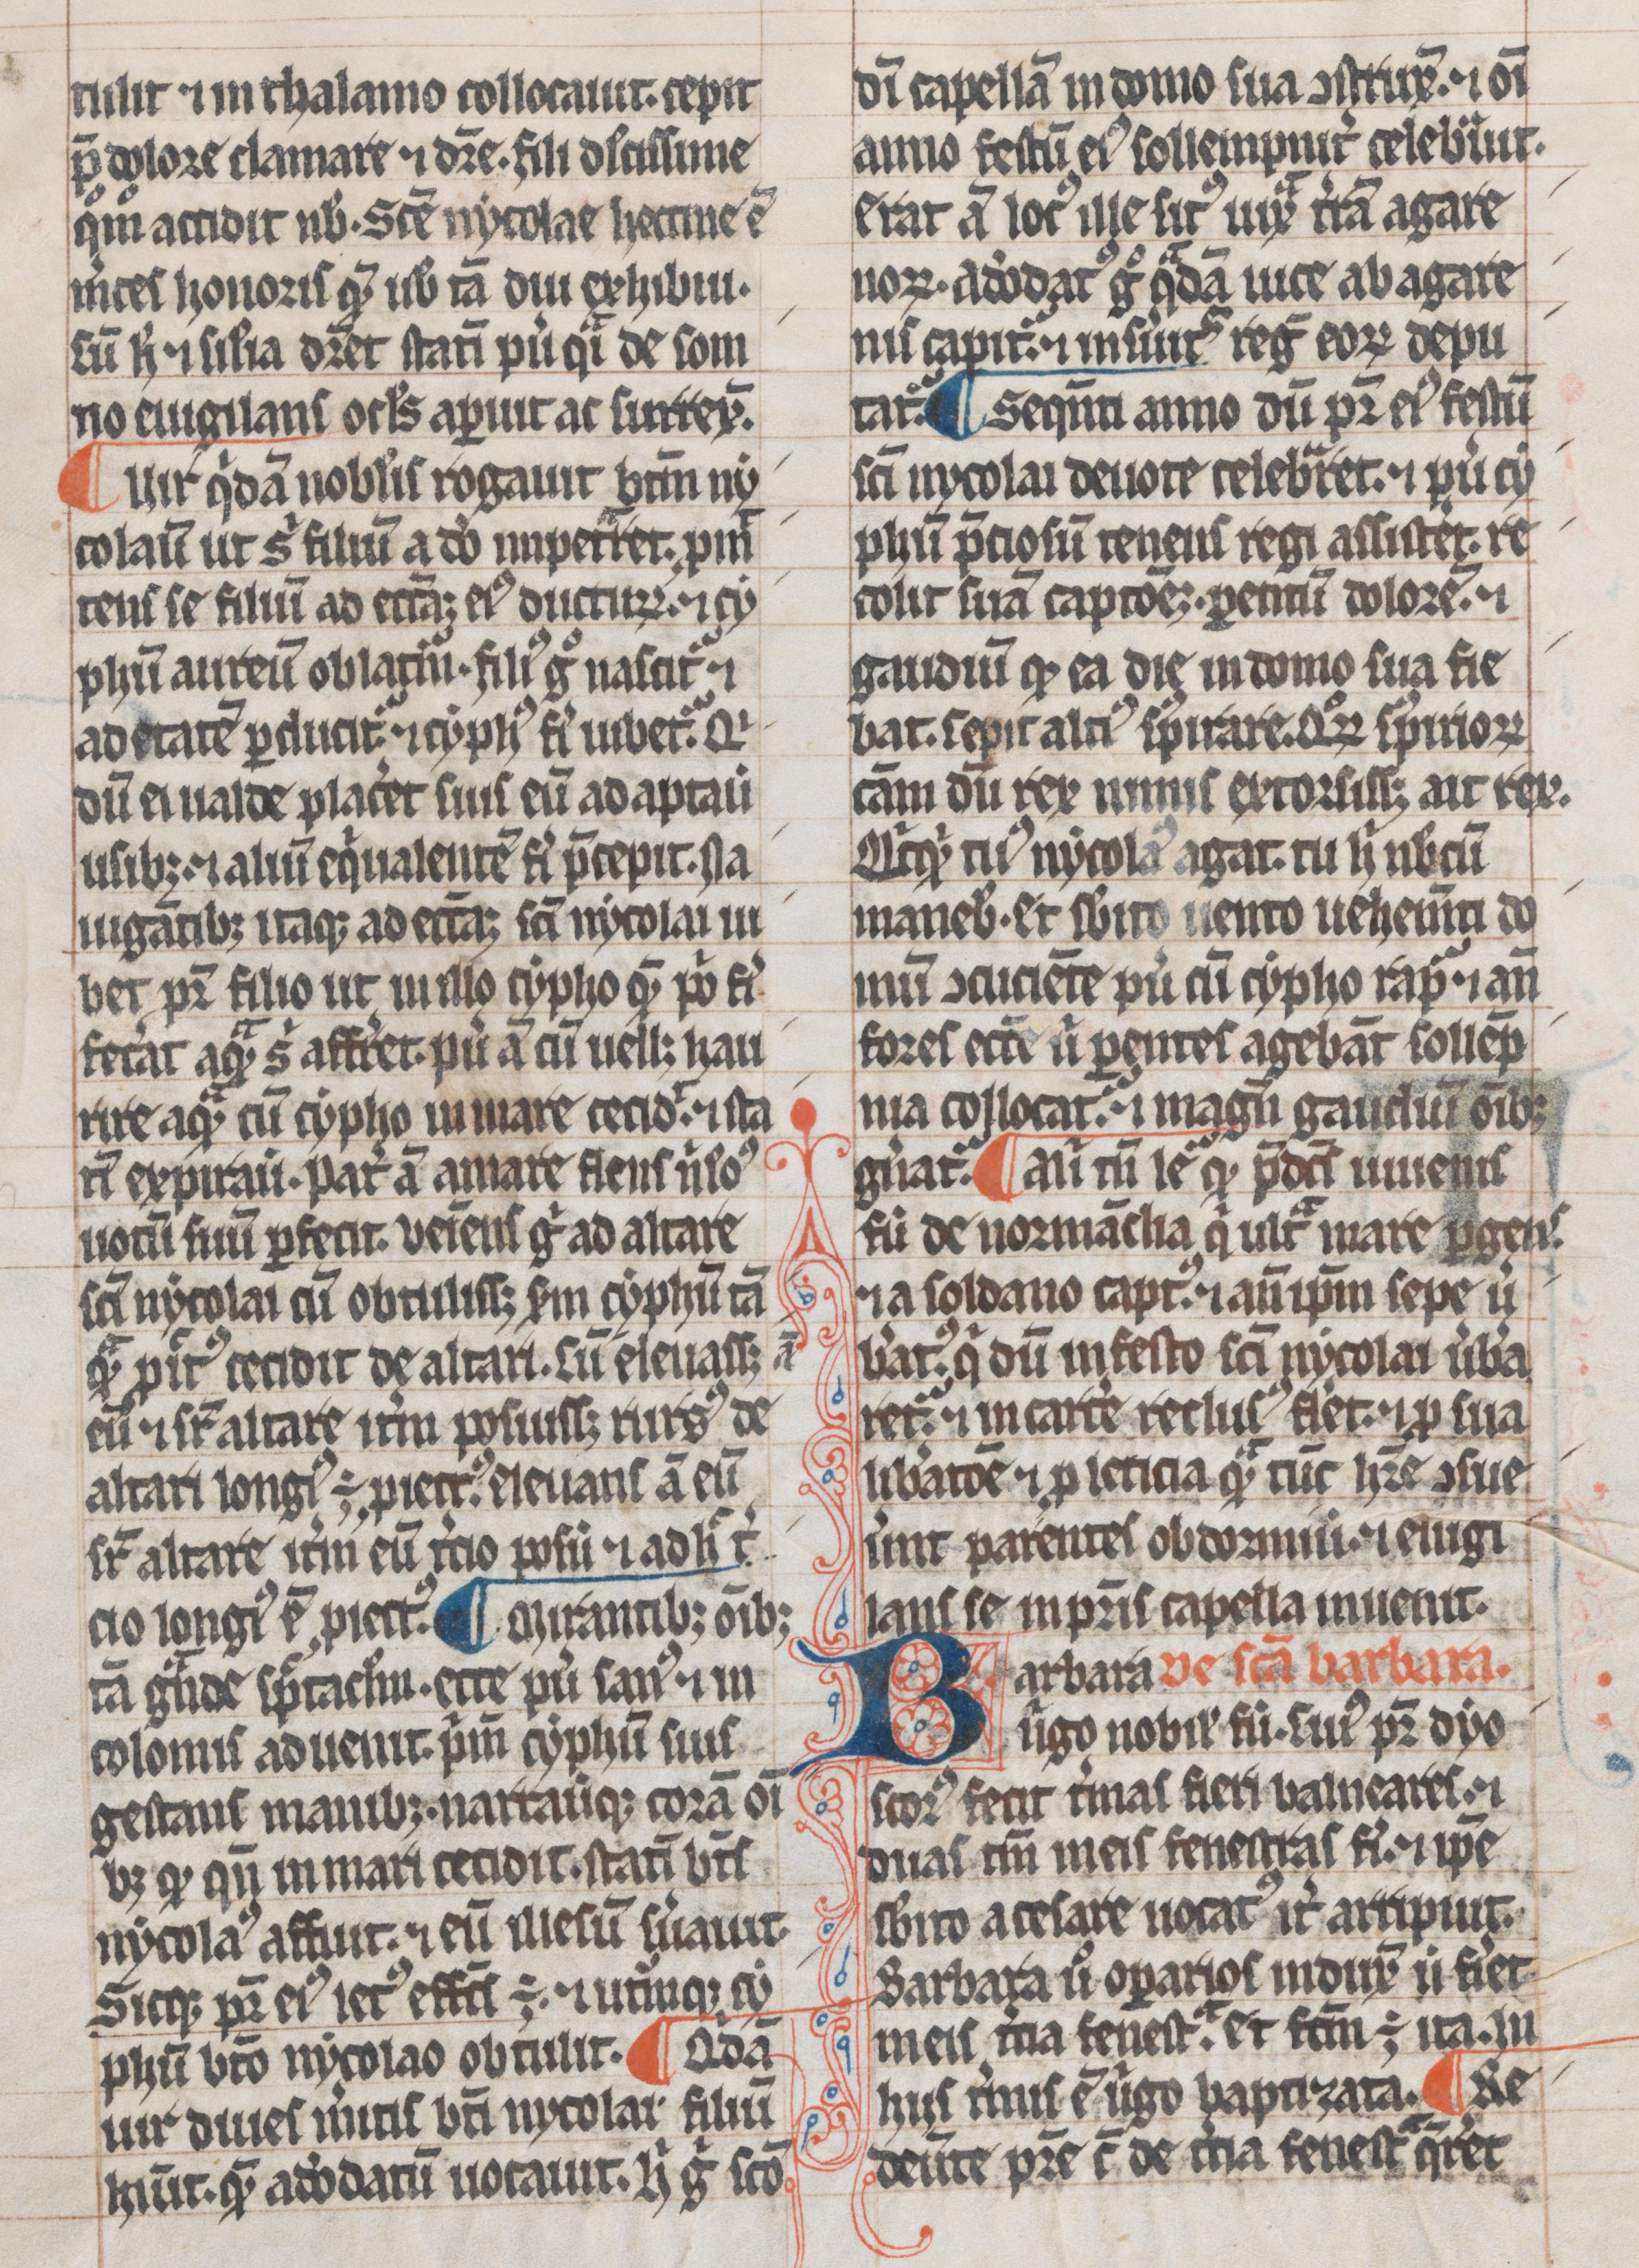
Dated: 1300–1399